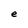
Character: e